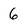
Character: 6